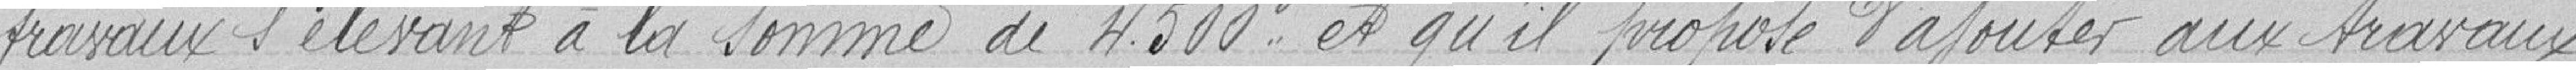
travaux s'élevant à la somme de 4 500 francs et qu'il propose d'ajouter aux travaux